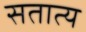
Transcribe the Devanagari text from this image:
सतात्य